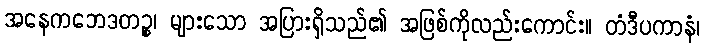
အနေကဘေဒတဉ္စ၊ များသော အပြားရှိသည်၏ အဖြစ်ကိုလည်းကောင်း။ တံဒီပကာနံ၊